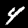
Label: 4